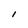
Character: I